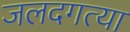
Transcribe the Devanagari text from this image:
जलदगत्या